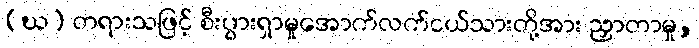
(ဃ) တရားသဖြင့် စီးပွားရှာမှုအောက်လက်ငယ်သားတို့အား ညှာတာမှု,